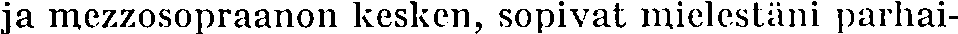
ja mezzosopraanon kesken, sopivat mielestäni parhai-